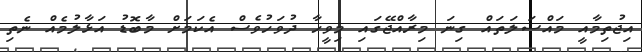
އިޖުތިމާއީ މައްސަލަތައް ގިނަ މިރާއްޖޭގައި މިވީހާ ދުވަހުވެސް އެކަމަށް މާބޮޑު އަޅާލުމެއް ނެތި